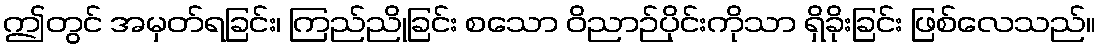
ဤတွင် အမှတ်ရခြင်း၊ ကြည်ညိုခြင်း စသော ဝိညာဉ်ပိုင်းကိုသာ ရှိခိုးခြင်း ဖြစ်လေသည်။